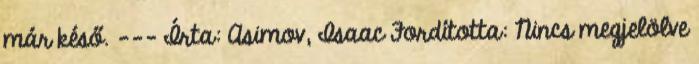
már késő. --- Írta: Asimov, Isaac Fordította: Nincs megjelölve